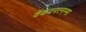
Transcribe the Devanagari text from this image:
वेंकटरत्नम्मा